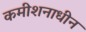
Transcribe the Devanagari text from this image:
कमीशनाधीन